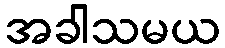
အခါသမယ